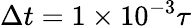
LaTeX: \Delta t=1\times 10^{-3}\tau